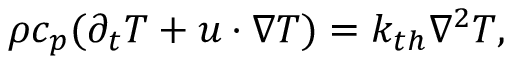
\rho c _ { p } ( \partial _ { t } T + \boldsymbol { u } \cdot \nabla T ) = k _ { t h } \nabla ^ { 2 } T ,